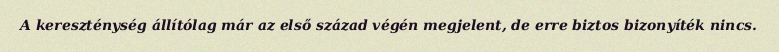
A kereszténység állítólag már az első század végén megjelent, de erre biztos bizonyíték nincs.